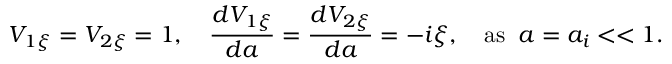
V _ { 1 \xi } = V _ { 2 \xi } = 1 , \quad \frac { d V _ { 1 \xi } } { d a } = \frac { d V _ { 2 \xi } } { d a } = - i \xi , \quad \mathrm { a s } \; \; a = a _ { i } < < 1 .